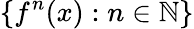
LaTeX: \{ f^{n}(x):n\in\mathbb{N}\}